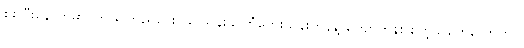
စစ်ပြီးနောက်မှာ ကြည်ကြည်ဌေး၊ ခင်သန်းနု၊ တွံတေးသိန်းတန်နဲ့ ကျော်ဟိန်း စတဲ့သူတွေလောက်ပဲ